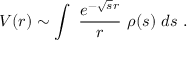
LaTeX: V ( r ) \sim \int ~ { \frac { e ^ { - \sqrt { s } r } } { r } } ~ \rho ( s ) ~ d s ~ .